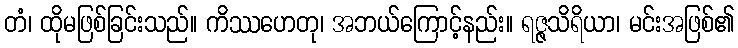
တံ၊ ထိုမဖြစ်ခြင်းသည်။ ကိဿဟေတု၊ အဘယ်ကြောင့်နည်း။ ရဇ္ဇသိရိယာ၊ မင်းအဖြစ်၏